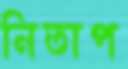
নিতাপ